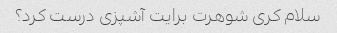
سلام کری شوهرت برایت آشپزی درست کرد؟